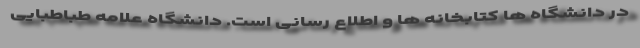
در دانشگاه ها کتابخانه ها و اطلاع رسانی است. دانشگاه علامه طباطبایی